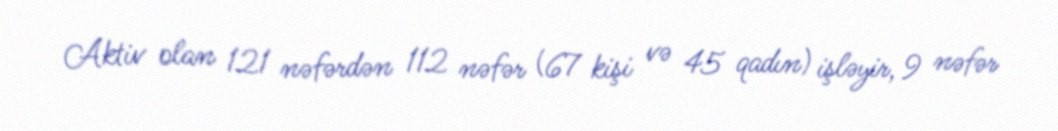
Aktiv olan 121 nəfərdən 112 nəfər (67 kişi və 45 qadın) işləyir, 9 nəfər